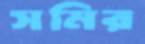
সমির